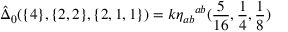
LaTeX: \hat { \Delta } _ { 0 } ( \{ 4 \} , \{ 2 , 2 \} , \{ 2 , 1 , 1 \} ) = k \eta _ { a b } \l ^ { a b } ( \frac { 5 } { 1 6 } , \frac { 1 } { 4 } , \frac { 1 } { 8 } )